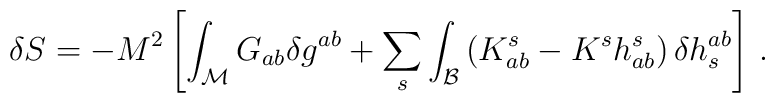
\delta S = - M^2 \left[\int_{\mathcal M} G_{ab} \delta g^{ab} + \sum_s\int_{\mathcal B} \left( K_{ab}^s - K^s h_{ab}^s \right) \delta h^{ab}_s\right] \, .